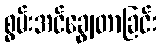
စွမ်းအင်ချွေတာခြင်း